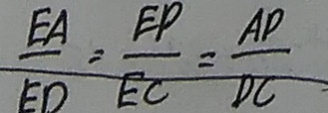
\frac { E A } { E D } = \frac { E D } { E C } = \frac { A D } { D C }